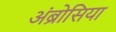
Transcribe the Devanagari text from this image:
अंब्रोसिया